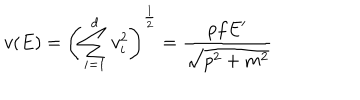
v ( E ) = \left( \sum _ { i = 1 } ^ { d } v _ { i } ^ { 2 } \right) ^ { \frac { 1 } { 2 } } = \frac { p f E ^ { \prime } } { \sqrt { p ^ { 2 } + m ^ { 2 } } }